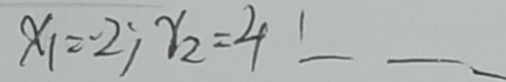
x _ { 1 } = - 2 ; x _ { 2 } = 4 1 _ { - - - }